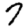
Digit: 7